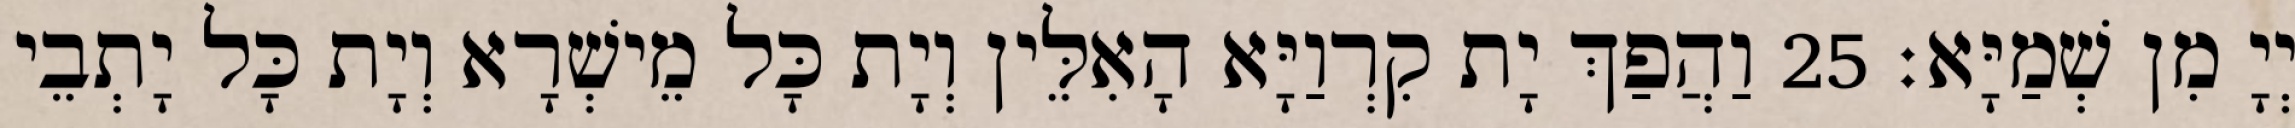
יְיָ מִן שְׁמַיָּא׃ 25 וַהֲפַךְ יָת קִרְוַיָּא הָאִלֵּין וְיָת כָּל מֵישְׁרָא וְיָת כָּל יָתְבֵי